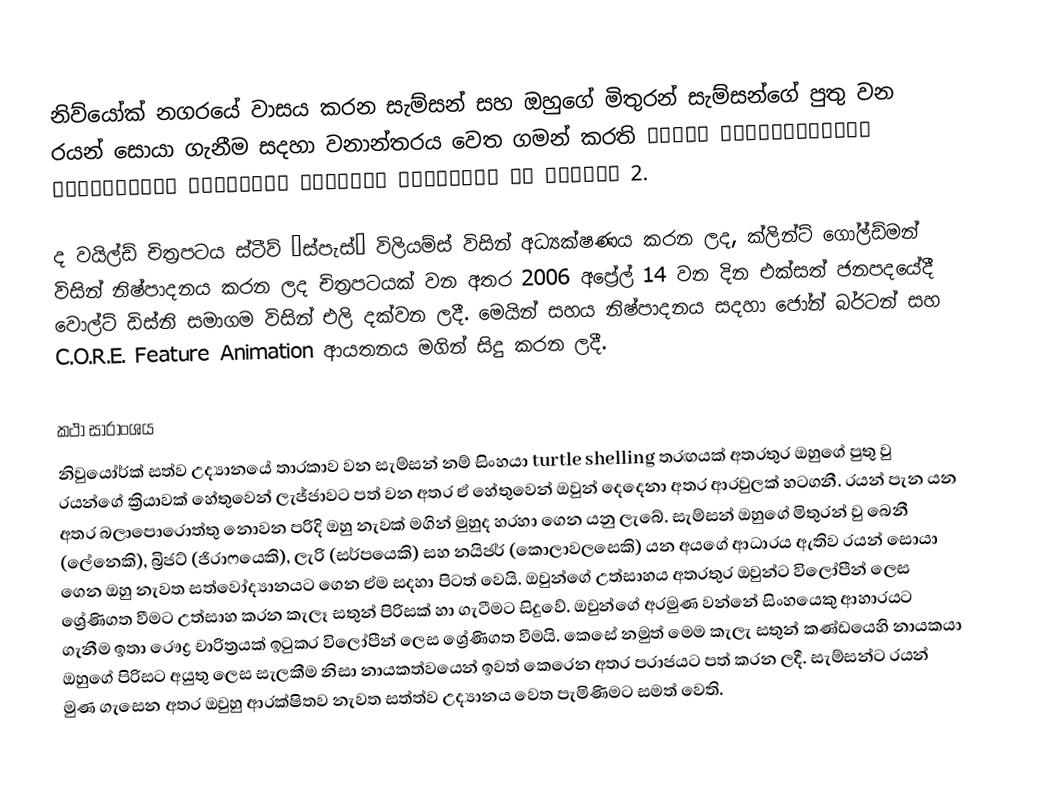
නිව්යෝක් නගරයේ වාසය කරන සැම්සන් සහ ඔහුගේ මිතුරන් සැම්සන්ගේ පුතු වන රයන් සොයා ගැනීම සදහා වනාන්තරය වෙත ගමන් කරති கஜாரை வெறுக்கிறேன் காட்டெருமை தொடர்கள் ஃபாக்ஸ் அனிமேஷன் தி வைல்ட் 2.

ද වයිල්ඩ් චිත්‍රපටය ස්ටීව් “ස්පැස්” විලියම්ස් විසින් අධ්‍යක්ෂණය කරන ලද, ක්ලින්ට් ගෝල්ඩ්මන් විසින් නිෂ්පාදනය කරන ලද චිත්‍රපටයක් වන අතර 2006 අප්‍රේල් 14 වන දින එක්සත් ජනපදයේදී වොල්ට් ඩිස්නි සමාගම විසින් එලි දක්වන ලදී. මෙයින් සහය නිෂ්පාදනය සදහා ජෝන් බර්ටන් සහ C.O.R.E. Feature Animation ආයතනය මගින් සිදු කරන ලදී.

කථා සාරාංශය
නිවුයෝර්ක් සත්ව උද්‍යානයේ තාරකාව වන සැම්සන් නම් සිංහයා turtle shelling තරඟයක් අතරතුර ඔහුගේ පුතු වු රයන්ගේ ක්‍රියාවක් හේතුවෙන් ලැජ්ජාවට පත් වන අතර ඒ හේතුවෙන් ඔවුන් දෙදෙනා අතර ආරවුලක් හටගනී. රයන් පැන යන අතර බලාපොරොත්තු නොවන පරිදි ඔහු නැවක් මගින් මුහුද හරහා ගෙන යනු ලැබේ. සැම්සන් ඔහුගේ මිතුරන් වු බෙනී (ලේනෙකි), බ්‍රිජට් (ජිරාෆයෙකි), ලැරි (සර්පයෙකි) සහ නයිජර් (කොලාවලසෙකි) යන අයගේ ආධාරය ඇතිව රයන් සොයා ගෙන ඔහු නැවත සත්වෝද්‍යානයට ගෙන ඒම සදහා පිටත් වෙයි. ඔවුන්ගේ උත්සාහය අතරතුර ඔවුන්ට විලෝපීන් ලෙස ශ්‍රේණිගත වීමට උත්සාහ කරන කැලෑ සතුන් පිරිසක් හා ගැටීමට සිදුවේ. ඔවුන්ගේ අරමුණ වන්නේ සිංහයෙකු ආහාරයට ගැනීම ඉතා රෞද්‍ර චාරිත්‍රයක් ඉටුකර විලෝපීන් ලෙස ශ්‍රේණිගත වීමයි. කෙසේ නමුත් මෙම කැලැ සතුන් කණ්ඩයෙහි නායකයා ඔහුගේ පිරිසට අයුතු ලෙස සැලකීම නිසා නායකත්වයෙන් ඉවත් කෙරෙන අතර පරාජයට පත් කරන ලදී. සැම්සන්ට රයන් මුණ ගැසෙන අතර ඔවුහු ආරක්ෂිතව නැවත සත්ත්ව උද්‍යානය වෙත පැමිණිමට සමත් වෙති.